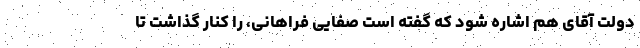
دولت آقای هم اشاره شود که گفته است صفایی فراهانی، را کنار گذاشت تا